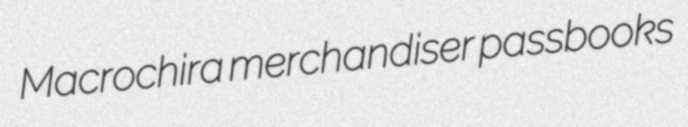
Macrochira merchandiser passbooks